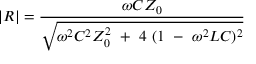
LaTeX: | R | = { \frac { \omega C Z _ { 0 } } { \sqrt { \omega ^ { 2 } C ^ { 2 } Z _ { 0 } ^ { 2 } ~ + ~ 4 ~ ( 1 ~ - ~ \omega ^ { 2 } L C ) ^ { 2 } } } }